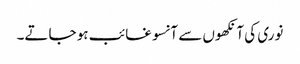
نوری کی آنکھوں سے آنسو غائب ہو جاتے۔